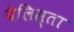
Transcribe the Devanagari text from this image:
बैलिस्ता